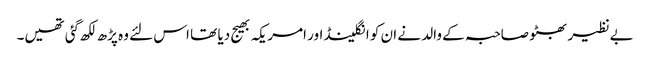
بےنظیر بھٹو صاحبہ کے والد نے ان کو انگلینڈ اور امریکہ بھیج دیا تھا اس لئے وہ پڑھ لکھ گئی تھیں۔